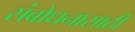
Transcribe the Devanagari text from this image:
संबोधनासाठी